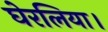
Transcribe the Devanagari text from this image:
घेरलिया।